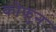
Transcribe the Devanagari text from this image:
कोफुन